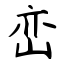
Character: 峦